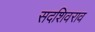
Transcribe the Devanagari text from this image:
सदशिवराव